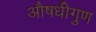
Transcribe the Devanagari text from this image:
औषधीगुण